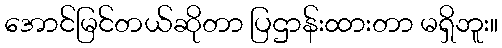
အောင်မြင်တယ်ဆိုတာ ပြဌာန်းထားတာ မရှိဘူး။